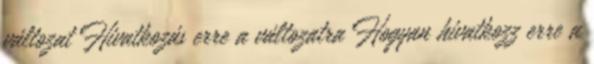
változat Hivatkozás erre a változatra Hogyan hivatkozz erre a